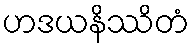
ဟဒယနိဿိတံ